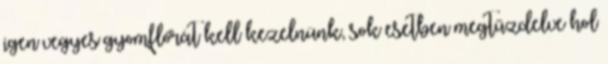
igen vegyes gyomflórát kell kezelnünk, sok esetben megtűzdelve hol